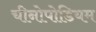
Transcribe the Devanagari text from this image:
चीनोपोडियम